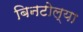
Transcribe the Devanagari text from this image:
बिनटोल्या